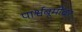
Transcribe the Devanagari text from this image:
पार्श्वबूमीवर